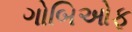
ગોબિઓફ